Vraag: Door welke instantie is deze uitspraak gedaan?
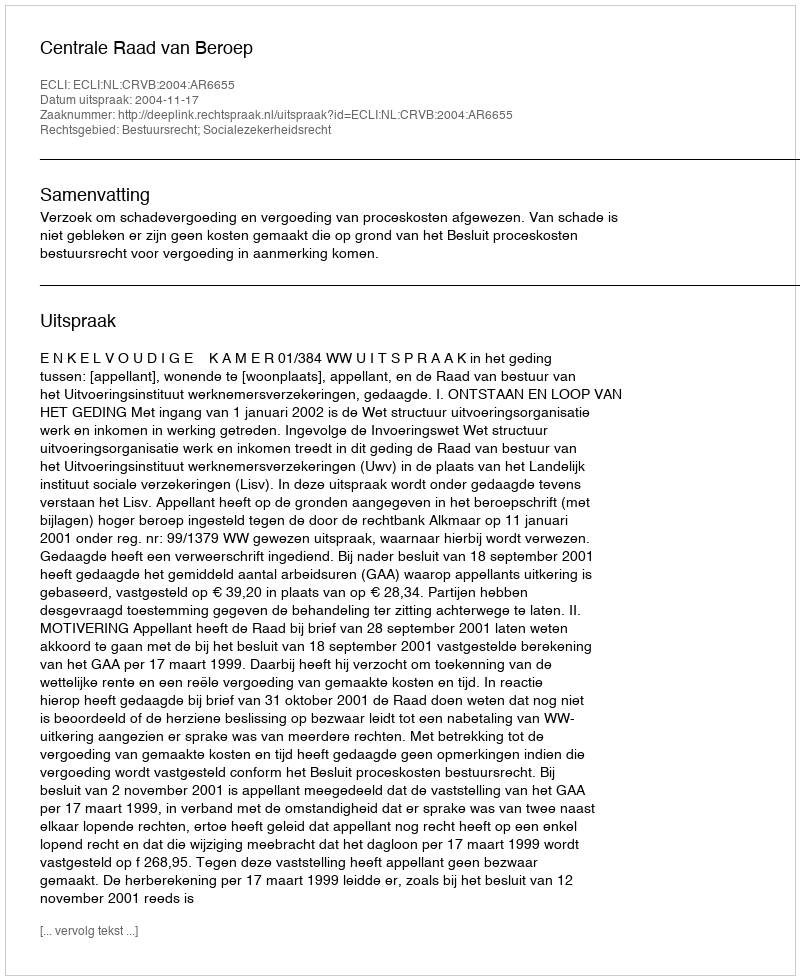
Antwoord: Centrale Raad van Beroep